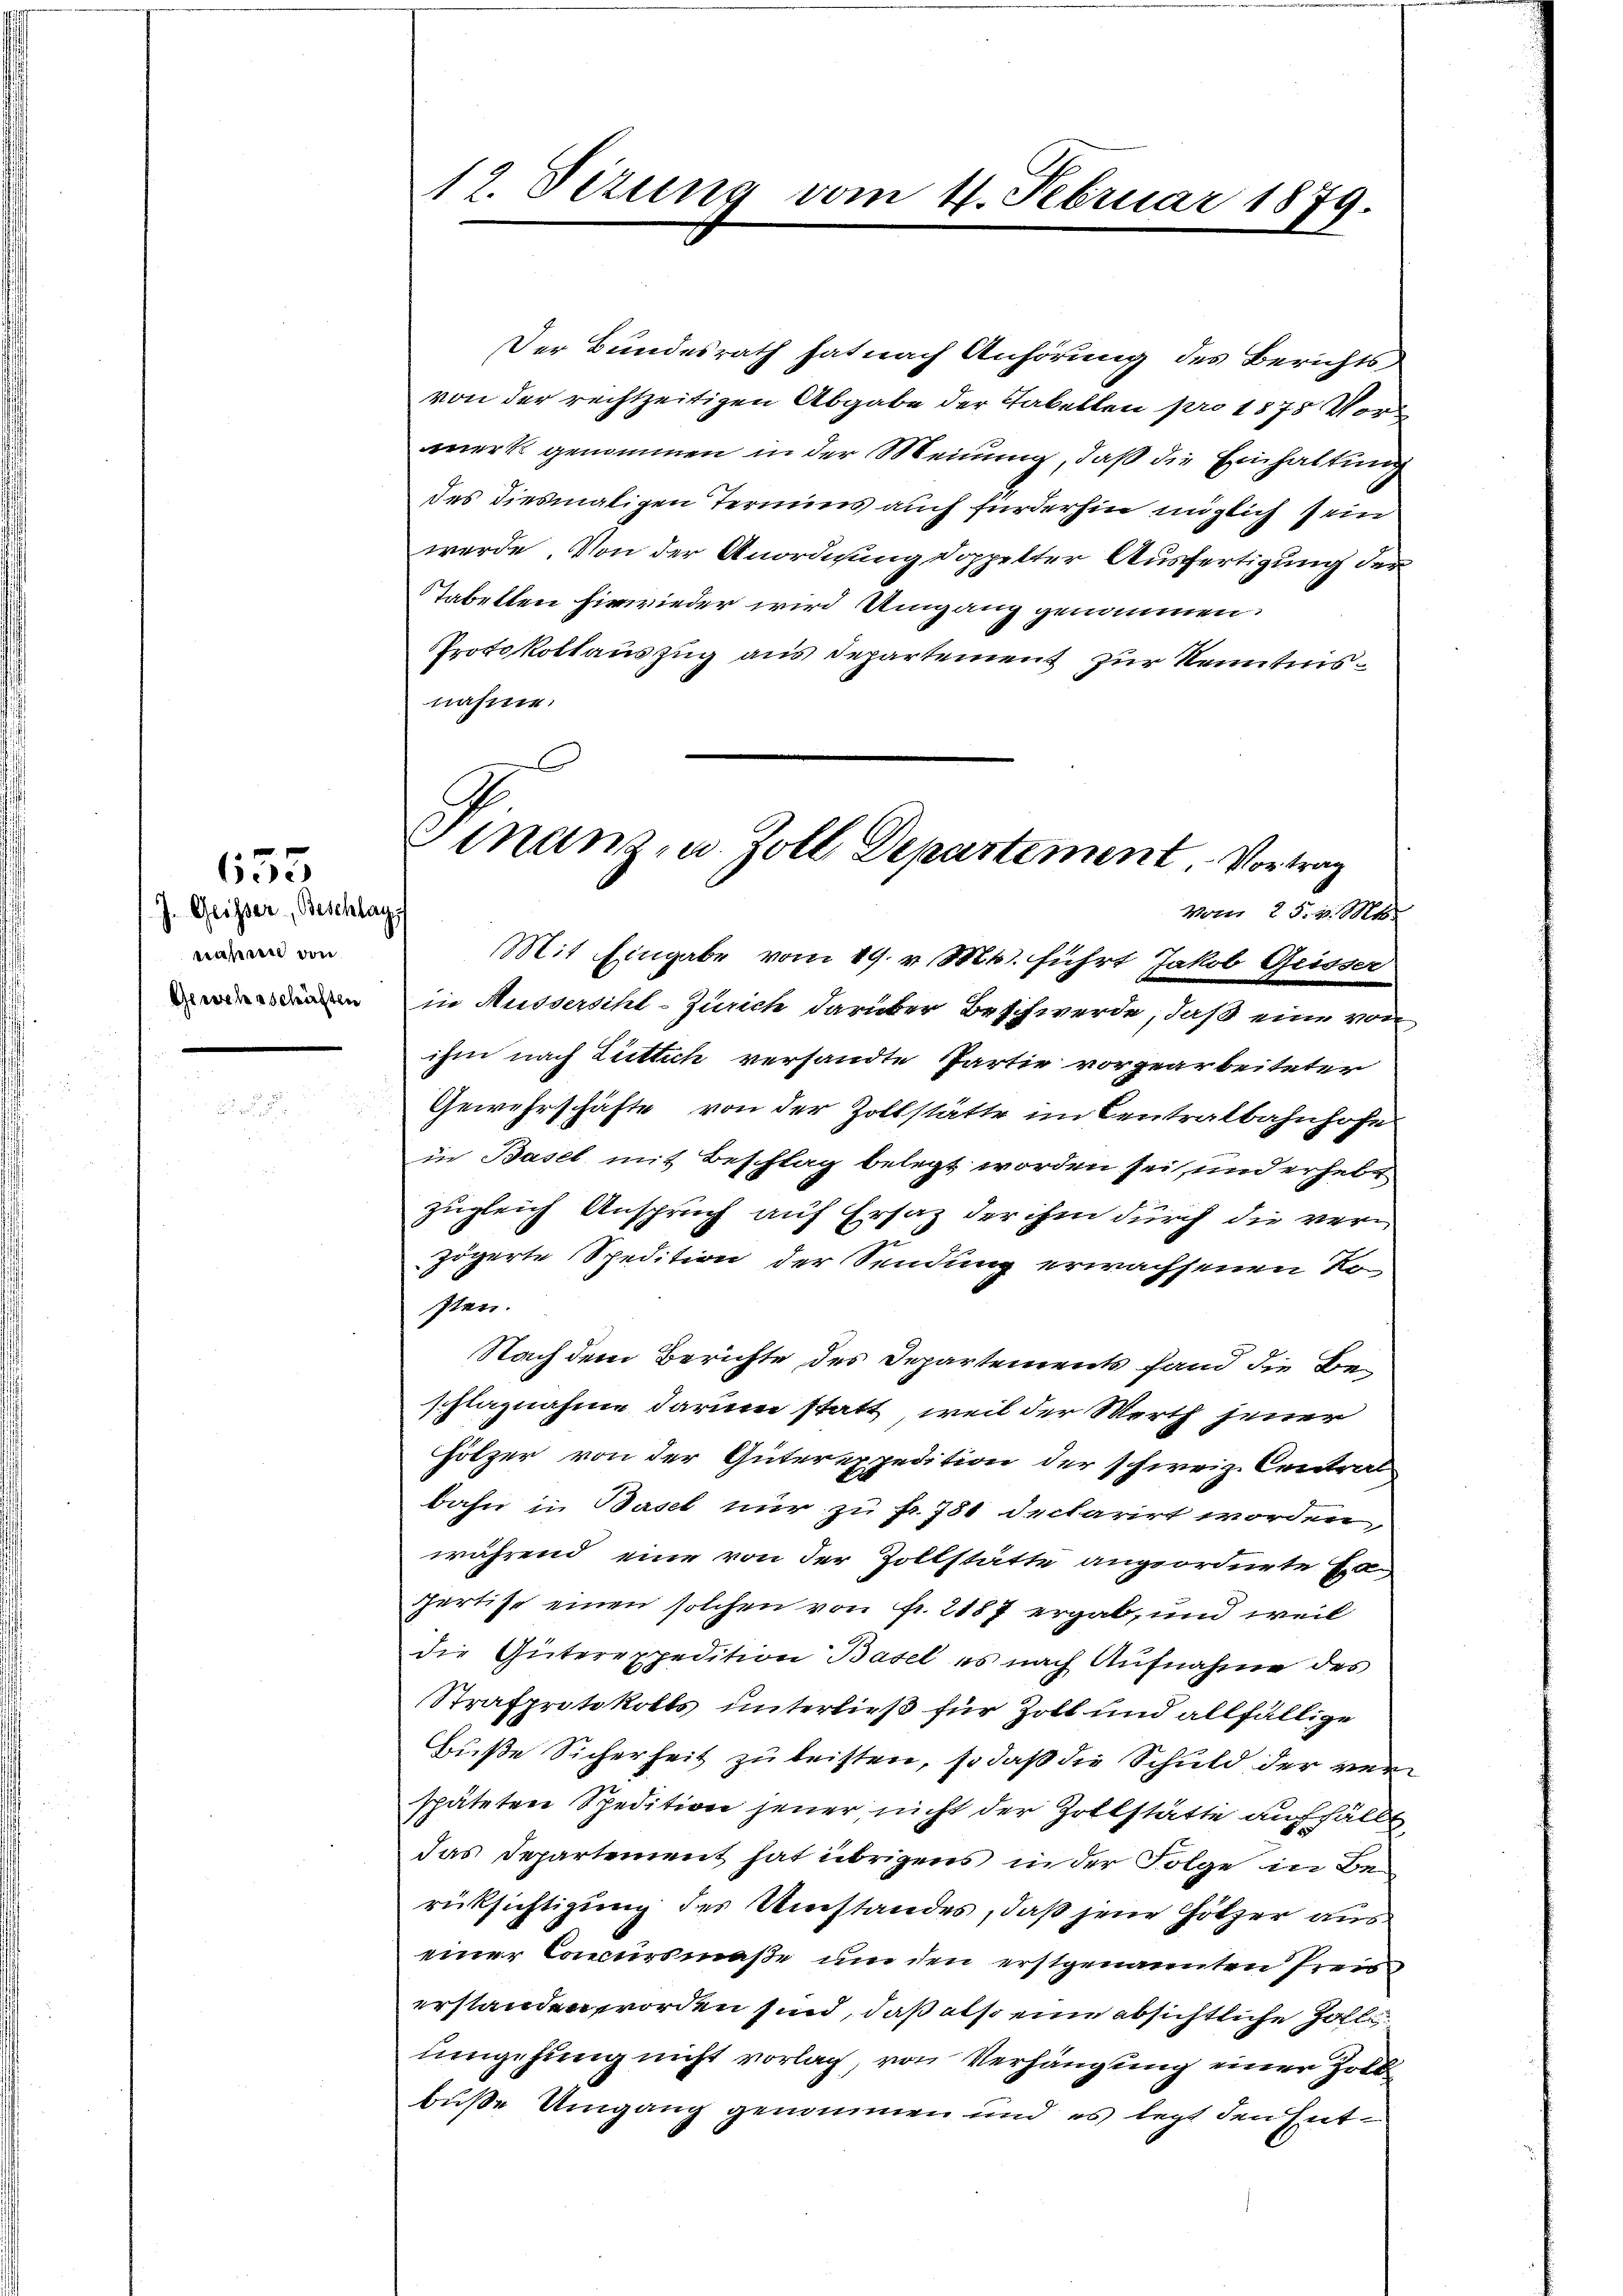
J. Geisser Beschlags
wassen von
Gewehrschärften

655

12. Vizung vom 4. Februar 1879.

Sinanz- u. Zoll Departement Vortrag
Vom 25. v. Mts.

Der Bundesrath hat nach Anhörung des Berichts
von der rechtzeitigen Abgabe der Tabellen pro 1875 Vormerk genommen in der Meinung, daß die Einhaltung
des diesmaligen Termins auch fürderhin möglich sein
werde. Von der Anordnung doppelter Ausfertigung der
Tabellen hinwieder wird Umgang genommen.
Protokollauszug aus Departement zur Kenntnisnahme.
Mit Eingabe vom 19. v. Mt. führt Jakob Geisser
in Aussersihl-Zürich darüber Beschwerde, daß eine von
ihm nach Lüttich versandte Partie vorgearbeiteter
Gewehrschäfte von der Zollstätte im Centralbahnhofe
in Basel mit Beschlag belegt worden sei, und erhebr
zugleich Anspruch auf Ersatz der ihm durch die verzögerte Spedition der Sendung erwachsenen Ko
sten.
Nach dem Berichte des Departements fand die Beschlagnahme darum statt, weil der Werth jener
Hölzer von der Güterexpedition der schweiz. Central
bahn in Basel nur zu Fr. 781 declarirt worden,
während eine von der Zollstätte angeordnete Ex-
fertise einen solchen von Fr. 2187 ergab, und weil
die Güterexpedition Basel es nach Aufnahme des
Strafprotokolls unterließ für Zoll und allfällige
Buße Sicherheit zu leisten, so daß die Schuld der verspäteten Spedition jener nicht der Zollstätte auffällt,
das Departement hat übrigens in der Folge in Be-
rücksichtigung des Umstandes, daß jene Götzer auseiner Concursmaße um den erstgenannten Preiserstanden worden sind, daß also eine absichtliche Zolliumgehung nicht vorlag, von Verhängung einer Zoll
buße Umgang genommen und es legt den Ent¬